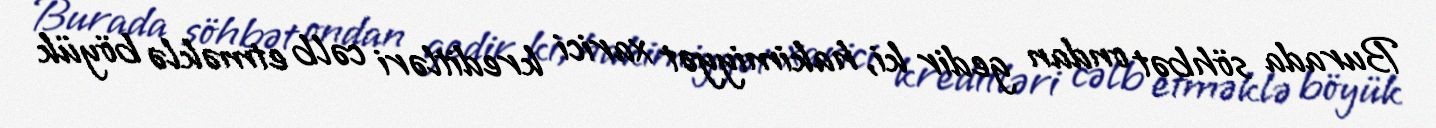
Burada söhbət ondan gedir ki, hakimiyyət xarici kreditləri cəlb etməklə böyük